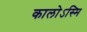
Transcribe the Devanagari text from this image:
कालोऽस्मि